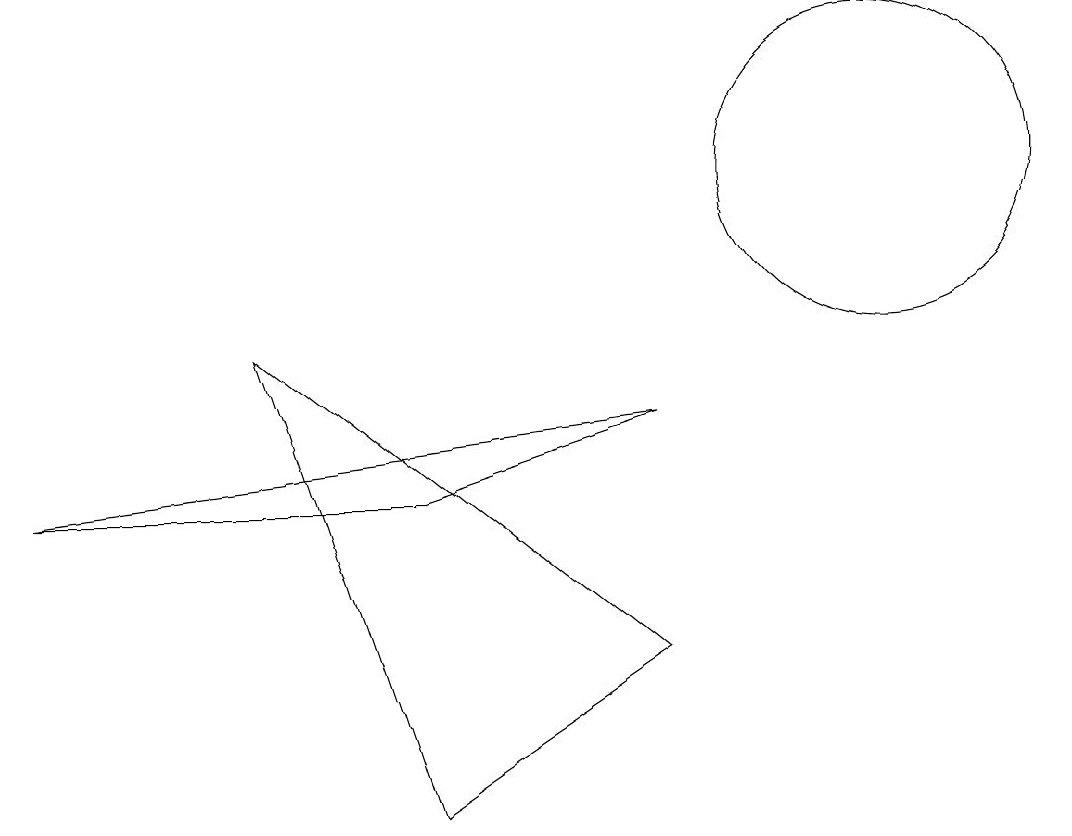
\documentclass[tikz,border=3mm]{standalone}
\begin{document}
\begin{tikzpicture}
\draw (11,11) circle (2);
\draw (8,8) -- (0,7) -- (5,7) -- cycle;
\draw (8,5) -- (5,3) -- (3,9) -- cycle;
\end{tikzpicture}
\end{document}